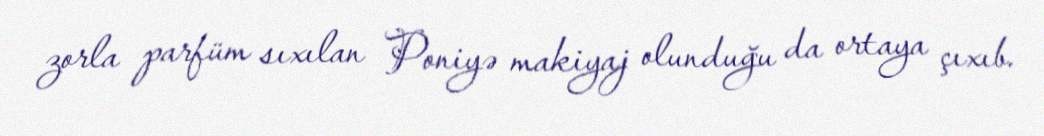
zorla parfüm sıxılan Poniyə makiyaj olunduğu da ortaya çıxıb.